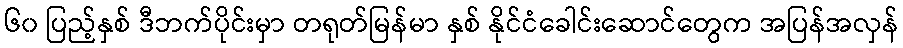
၆၀ ပြည့်နှစ် ဒီဘက်ပိုင်းမှာ တရုတ်မြန်မာ နှစ် နိုင်ငံခေါင်းဆောင်တွေက အပြန်အလှန်